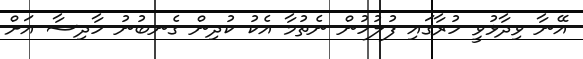
އޭނާ ވިދާޅުވީ ހުރާގައި ފުލުހުން ނެތުމާ އެކު ކުދިން ގެނބުނު ހާދިސާ އަށް